Document type: Barter
Year: 1304
Scribe: Pere Pometa
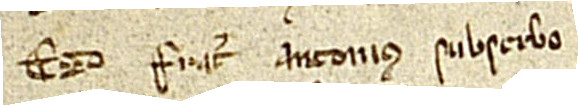
Ego frater Antonius subscribo.